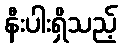
နီးပါးရှိသည့်